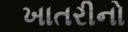
ખાતરીનો